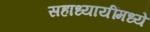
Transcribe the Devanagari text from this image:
सहाध्यायींमध्ये